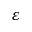
\varepsilon